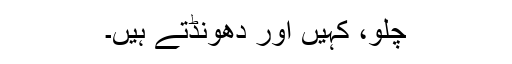
چلو، کہیں اور دھونڈتے ہیں۔